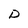
Character: D